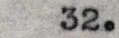
32.